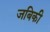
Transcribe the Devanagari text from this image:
जबिकी